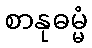
စာနုဓမ္မံ